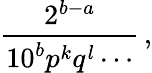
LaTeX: {\frac{2^{b-a}}{10^{b}p^{k}q^{l}\cdots}}\, ,